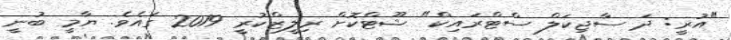
"އުރީ: ދަ ސާޖިކަލް ސްޓްރައިކް" ޝޫޓްކޮށް ރިލީޒްކުރީ 2019 ގައެވެ. ޔާމީ ބުނީ